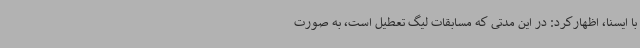
با ایسنا، اظهارکرد: در این مدتی که مسابقات لیگ تعطیل است، به صورت